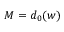
{ M = d _ { 0 } ( w ) }